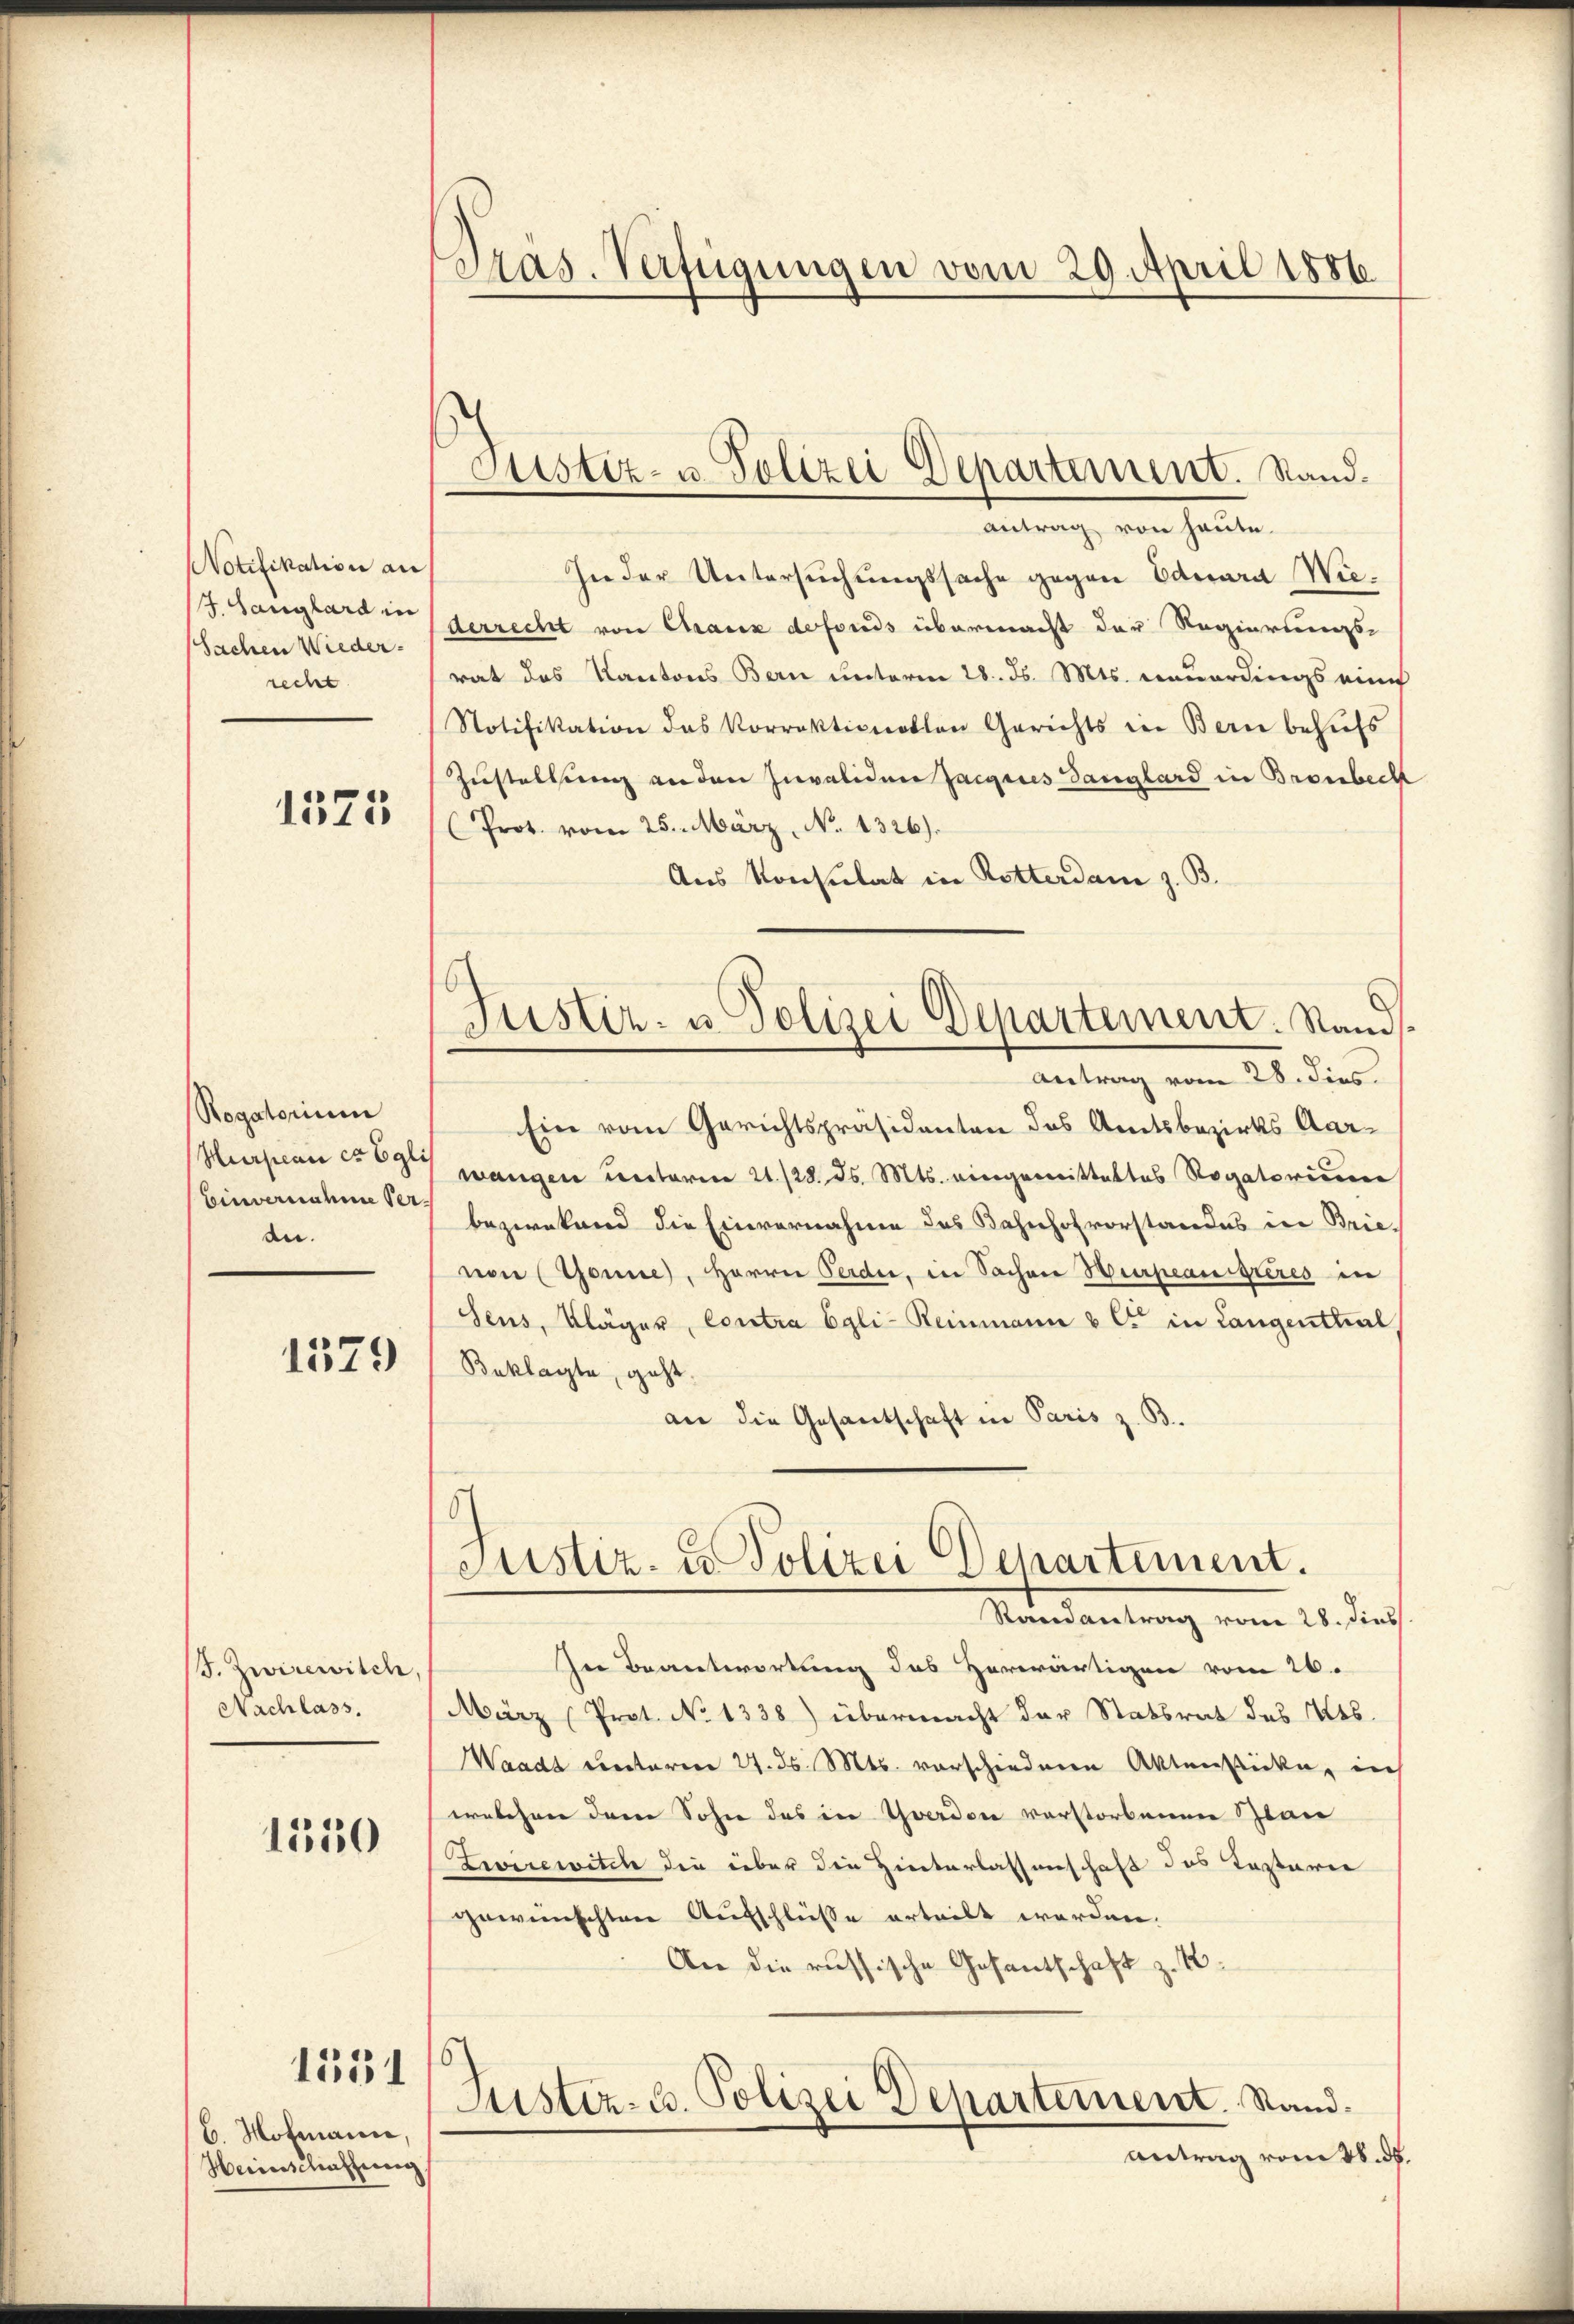
Notifikation an
J. Langhard in
Sachen Wiederrecht

1575

Rogatorium
Hurpeau cr Egli
Einvernahme Veran.

1579

F. Zwicewisch
Nachlass.

1550

b. Hofmann,
Herischaffung

1551

Pras. Verfügungen vom 29. April 1886.

Justiz- u. Polizei Departement. Sand¬

6
Justiz- u. Polizei Departement. Sands

Antrag von heute.
In der Untersuchungssache gegen Eduard Wiederrecht von Chraux defonds übermacht der Regierungs-
rat das Kantons Bern unterm 28. ds. Mts. neuerdings eine
Notifikation das Korrektionellen Gerichts in Berne behŭfs
Zustellung an den Invaliden Jacgenes Ganglard in Bronbeck
Prot. vom 25. März, No 1326).
Aus Konsulat in Rotterdam z. B.
Antrag vom 28. dies
Ein vom Gerichtspräsidenten des Amtsbezirks Aarwangen unterm 21./28. ds. Mts. eingemittettes Rogatorium
bezwekend die Einvernahme des Bahnhofvorstandes in Brie,
von (Tanne), Herrn Perde, in Sachen Hurpeanisteres in
sens, Kläger, Contra Egli-Reinmann u C in Langenthal
Buklagte, geht.
an die Gesantschaft in Paris z. B.
6
Justiz- u. Polizei Departement.
Randantrag vom 28. dies
In Beantwortung des Herwärtigen vom 26.
März (Prot. No 1338) übermacht der Statsrat des Kts.
Waadt Frectoren 27. d. Mts. vorschiederen Aktenstücke, in
ernbehren den Sohne des in werden verstorbenen Zwar
Zeirewitch die über die Hinterlassenschaft des Kastarie
gewünschten Aufschlüße erteilt worden.
An die russische Gesantschaft z. B.
6
Justiz- u. Polizei Departement. Stand.
Antrag vom tb. dh.